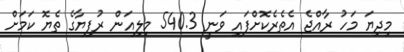
މިދިޔަ މަހު ރާއްޖެ އެތެރެކޮށްފައި ވަނީ 540.3 މިލިއަން ރުފިޔާގެ ތެޔޮ ކަމަށް